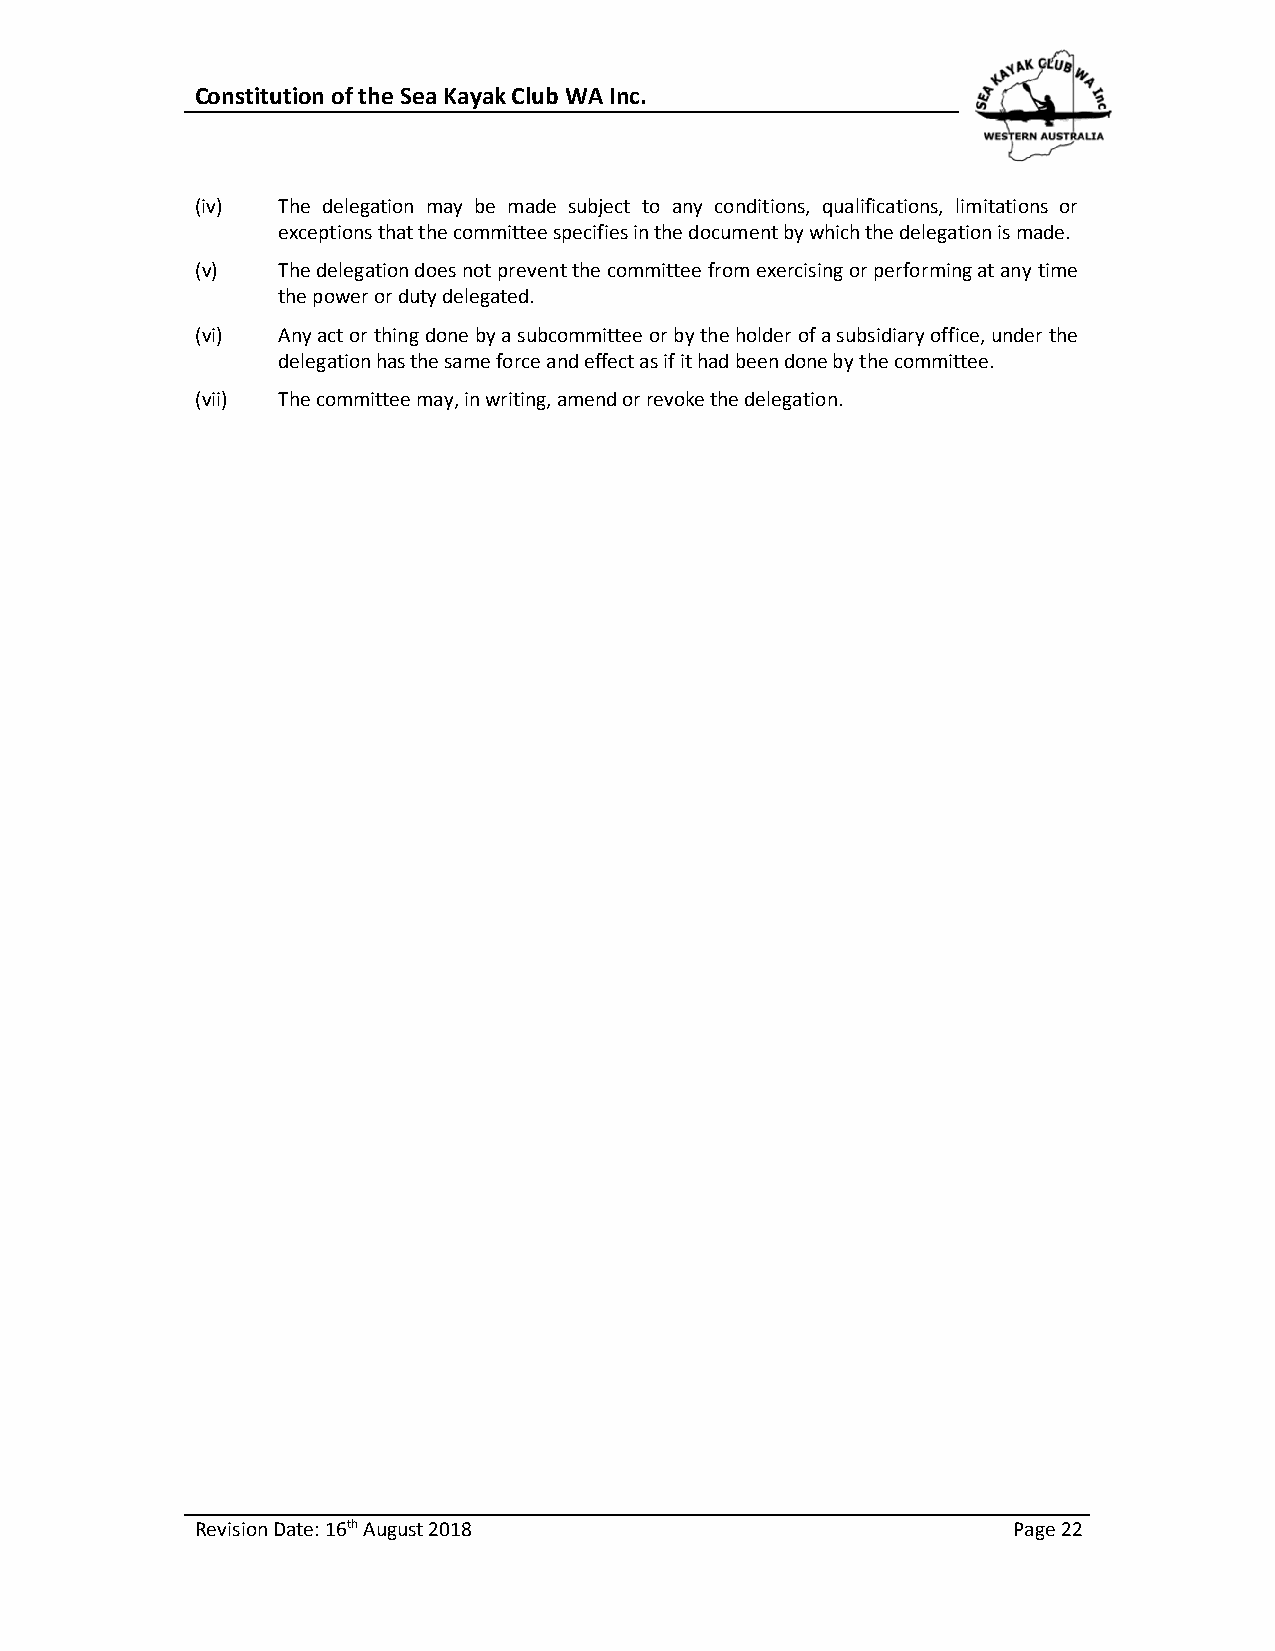
Constitution of the Sea Kayak Club WA Inc.
 (iv) The delegation may be made subject to any conditions, qualifications, limitations or
 exceptions that the committee specifies in the document by which the delegation is made.
 (v)  The delegation does not prevent the committee from exercising or performing at any time
 the power or duty delegated.
 (vi) Any act or thing done by a subcommittee or by the holder of a subsidiary office, under the
 delegation has the same force and effect as if it had been done by the committee.
 (vii) The committee may, in writing, amend or revoke the delegation.
 Revision Date: 16th August 2018                       Page 22